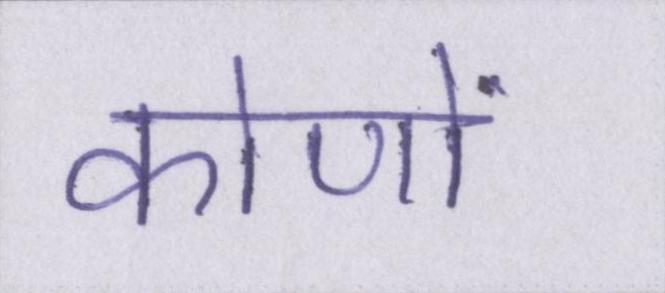
कोणों